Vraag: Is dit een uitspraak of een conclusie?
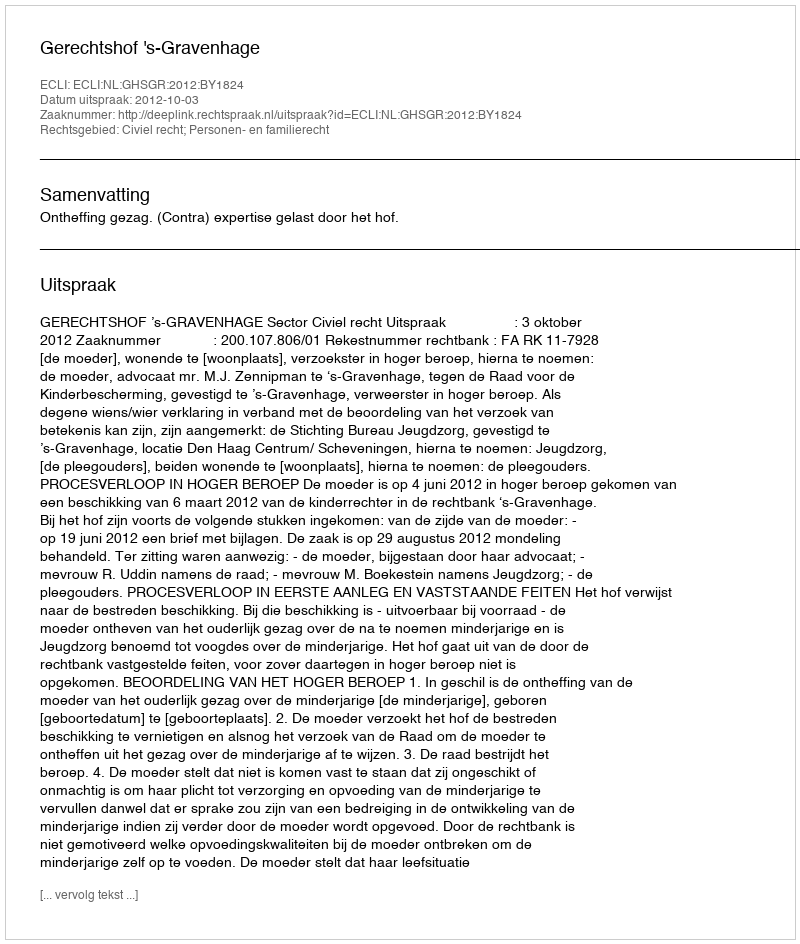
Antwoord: Uitspraak